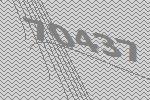
70437